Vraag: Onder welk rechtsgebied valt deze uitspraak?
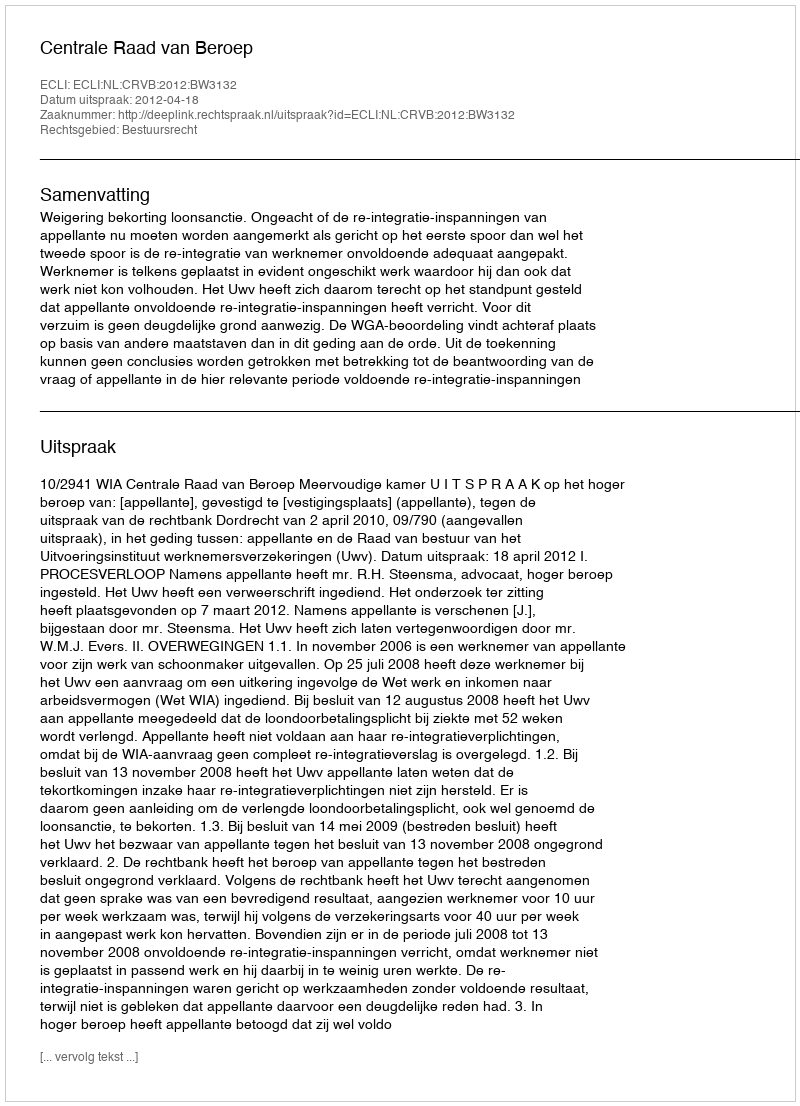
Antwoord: Bestuursrecht